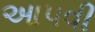
આપવી